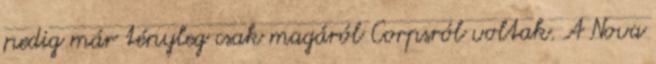
pedig már tényleg csak magáról Corpsról voltak. A Nova